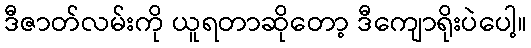
ဒီဇာတ်လမ်းကို ယူရတာဆိုတော့ ဒီကျောရိုးပဲပေါ့။